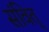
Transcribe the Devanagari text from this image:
संवित्